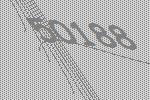
50188